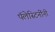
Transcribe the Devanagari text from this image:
पॅलेस्टिनींनी